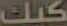
كيك